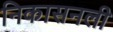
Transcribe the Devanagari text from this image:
निकासनली